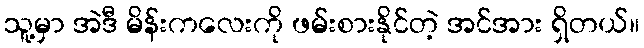
သူ့မှာ အဲဒီ မိန်းကလေးကို ဖမ်းစားနိုင်တဲ့ အင်အား ရှိတယ်။